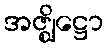
အဇ္ဈိဋ္ဌော